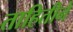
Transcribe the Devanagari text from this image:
ताहितीने